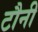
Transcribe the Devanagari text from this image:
टौनी